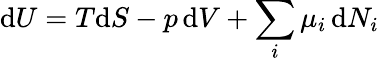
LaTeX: \mathrm{d}U=T\mathrm{d}S-p\, \mathrm{d}V+\sum_{i}\mu_{i}\, \mathrm{d}N_{i}